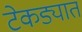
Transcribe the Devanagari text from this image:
टेकड्यात